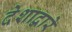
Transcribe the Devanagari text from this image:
देशाद्वारे